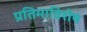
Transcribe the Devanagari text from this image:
प्रतिमाविशेष